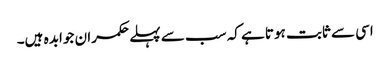
اسی سے ثابت ہوتا ہے کہ سب سے پہلے حکمران جوابد ہ ہیں۔